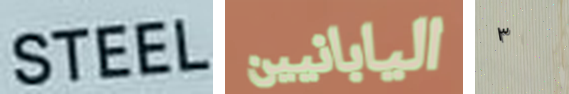
STEEL اليابانيين ٣